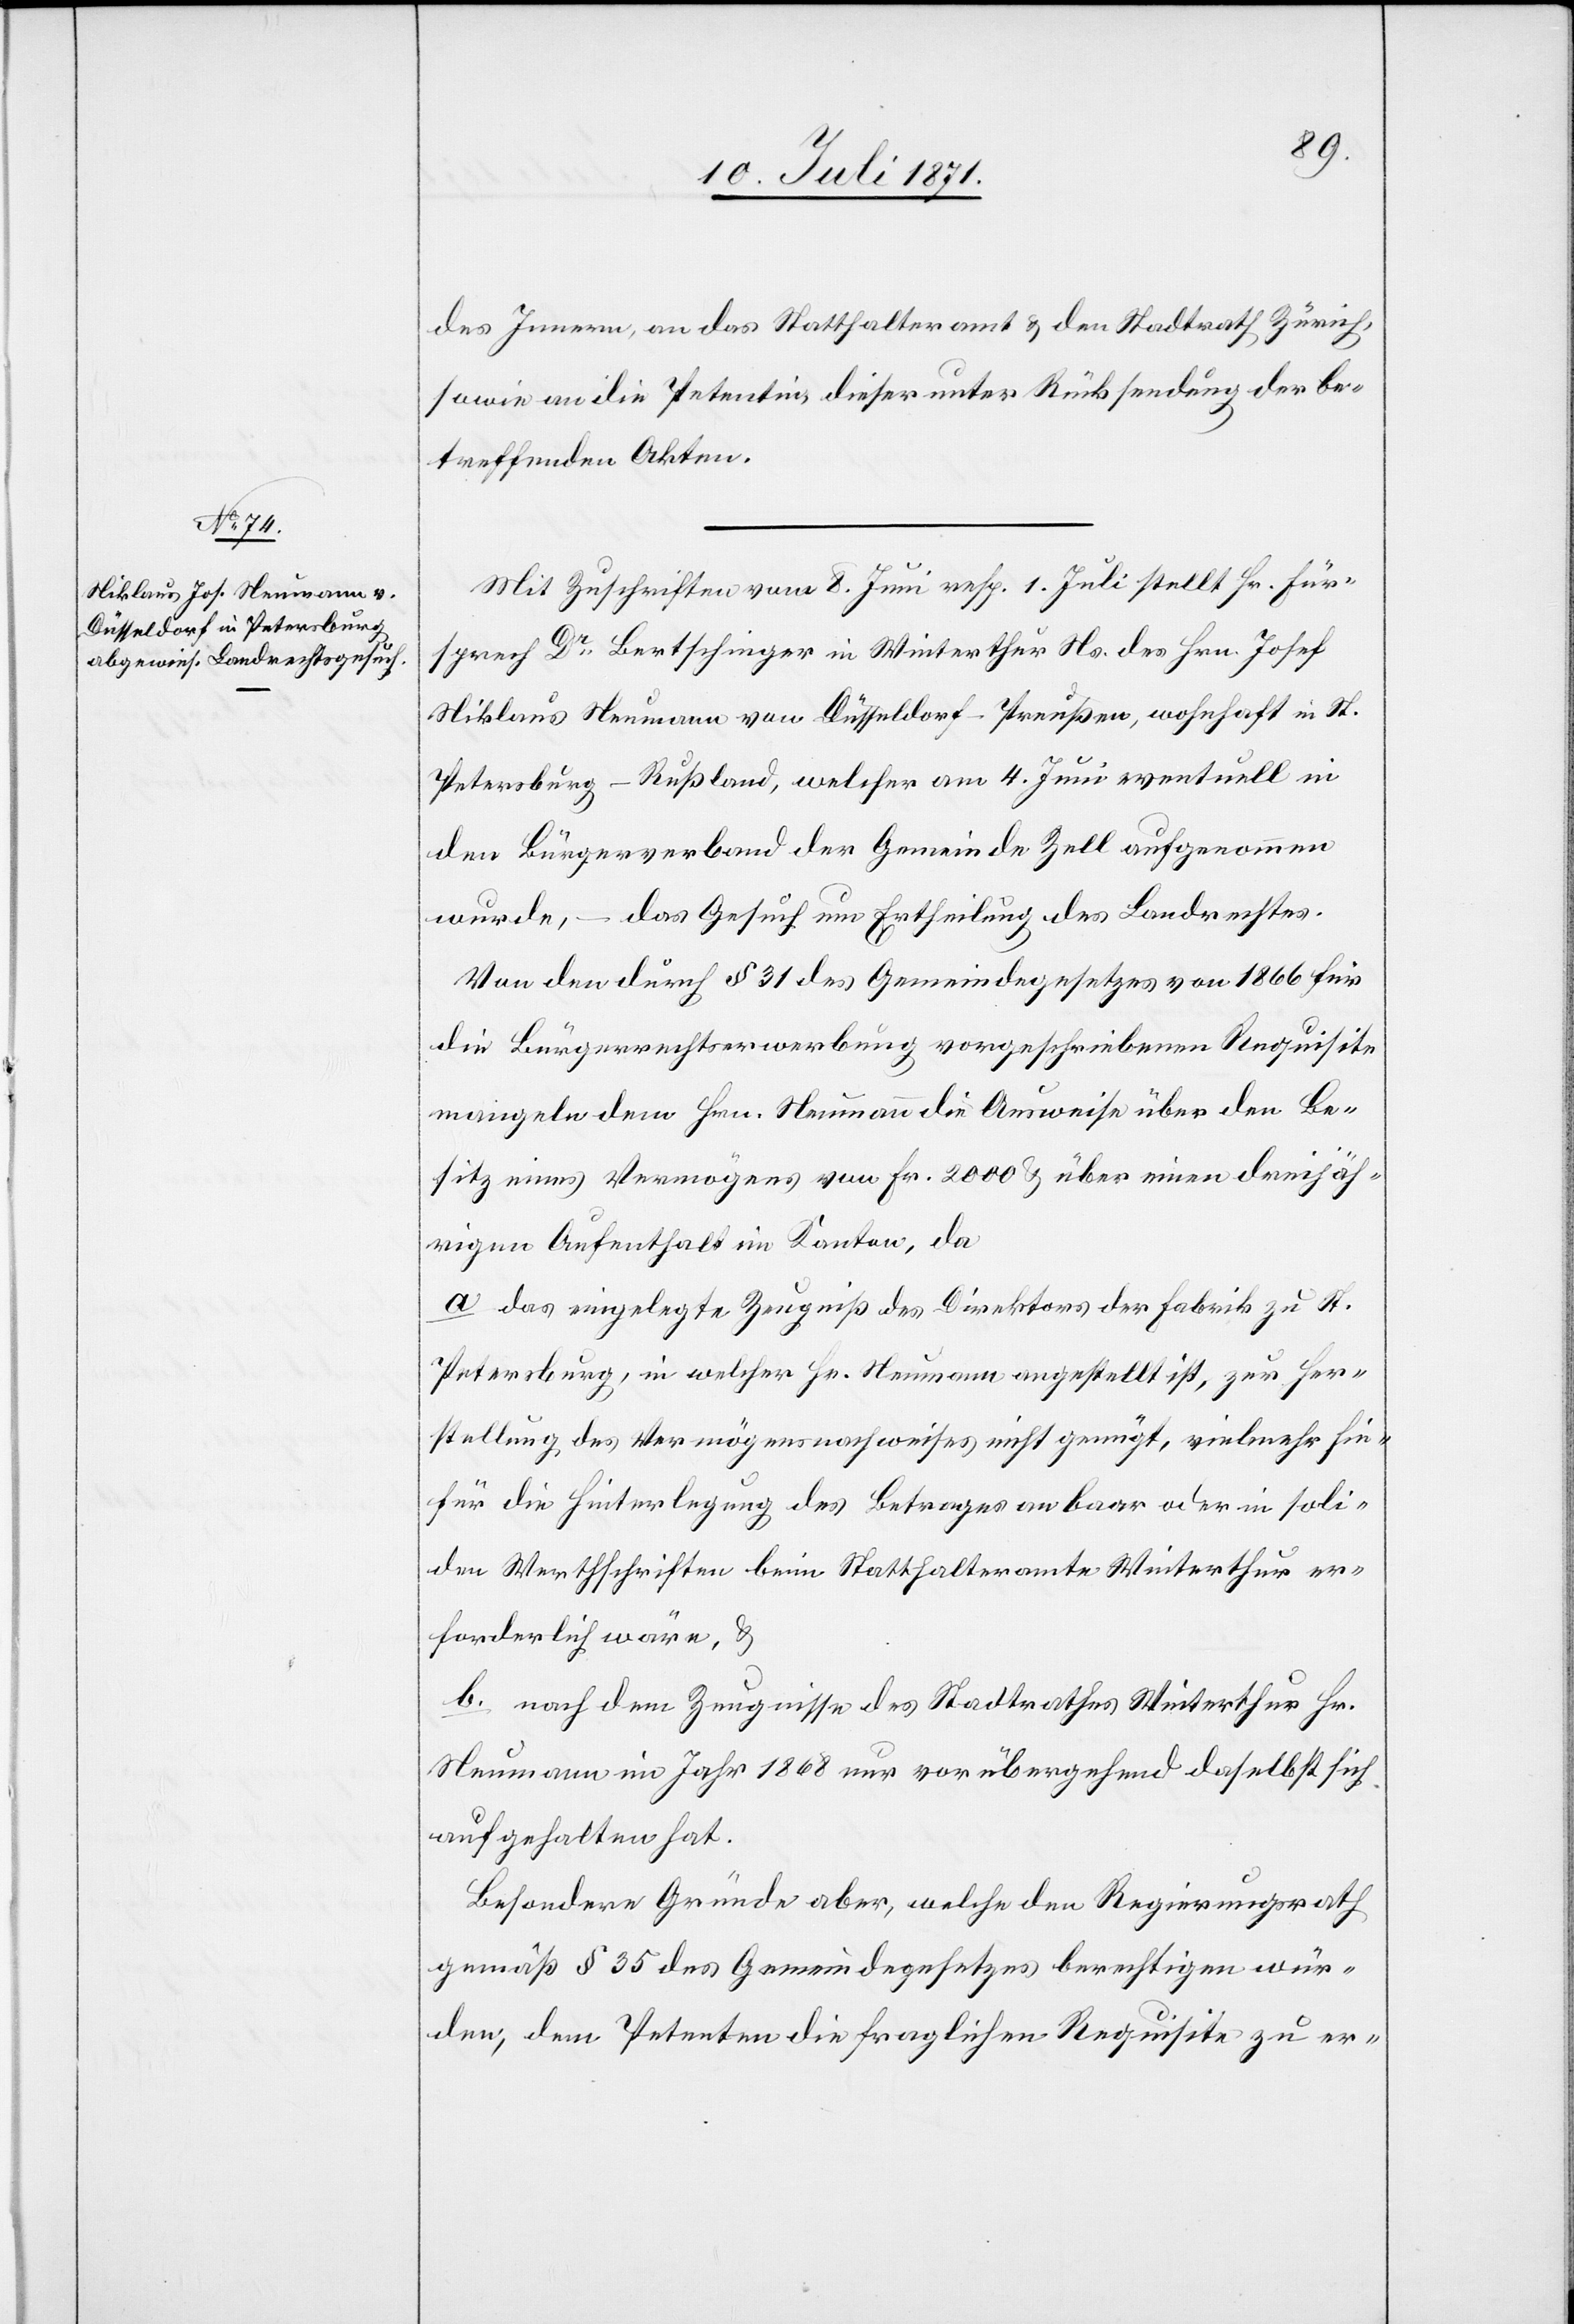
des Innern, an das Statthalteramt u. den Stadtrath Zürich,
sowie an die Petentin, dieser unter Rücksendung der be¬
treffenden Akten.
Mit Zuschrift vom 8. Juni resp. 1. Juli stellt Hr. Für¬
sprech Dr. Bertschinger in Winterthur Ns. des Hrn. Josef
Niklaus Neumann von Düsseldorf-Preußen, wohnhaft in St.
Petersburg – Rußland, welcher am 4. Juni eventuell in
den Bürgerverband der Gemeinde Zell aufgenommen
wurde, – das Gesuch um Ertheilung des Landrechtes.
Von den durch § 31 des Gemeindegesetzes von 1866 für
die Bürgerrechtserwerbung vorgeschriebenen Requisite
mangeln dem Hrn. Neumann die Ausweise über den Be¬
sitz eines Vermögens von Fr. 2000 u. über einen dreijäh¬
rigen Aufenthalt im Kanton, da
a das eingelegt Zeugniß des Direktors der Fabrik zu St.
Petersburg, in welcher Hr. Neumann angestellt ist, zur Her¬
stellung des Vermögensnachweises nicht genügt, vielmehr hie¬
für die Hinterlegung des Betrages an baar oder in soli¬
den Werthschriften beim Statthalteramt Winterthur er¬
forderlich wäre, u.
b. nach dem Zeugnisse des Stadtrathes Winterthur Hr.
Neumann im Jahr 1868 nur vorübergehend daselbst sich
aufgehalten hat.
Besondere Gründe aber, welche den Regierungsrath
gemäß § 35 des Gemeindegesetzes berechtigen wür¬
den, den Petenten die fraglichen Requisite zu er-